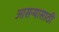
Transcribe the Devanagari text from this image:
आसऱ्यासाठी